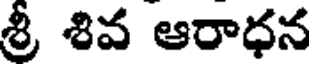
శ్రీ శివ ఆరాధన